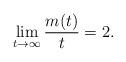
LaTeX: \begin{align*}\lim_{t \rightarrow \infty} \frac{m(t)}{t} = 2.\end{align*}